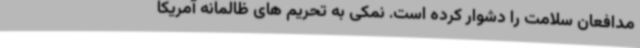
مدافعان سلامت را دشوار کرده است. نمکی به تحریم های ظالمانه آمریکا